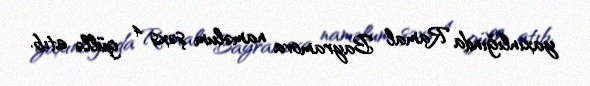
yaxınlığında Ramal Bayramova naməlum şəxs 4 güllə atıb.